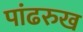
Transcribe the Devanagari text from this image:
पांढरुख